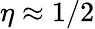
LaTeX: \eta\approx 1/2